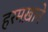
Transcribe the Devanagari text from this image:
हरमख़ाने